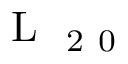
\mathrm { ~ L ~ } _ { \mathrm { ~ 2 ~ 0 ~ } }